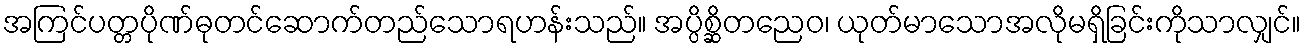
အကြင်ပတ္တပိုဏ်ဓုတင်ဆောက်တည်သောရဟန်းသည်။ အပ္ပိစ္ဆိတညေဝ၊ ယုတ်မာသောအလိုမရှိခြင်းကိုသာလျှင်။